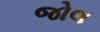
જોલ